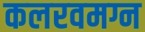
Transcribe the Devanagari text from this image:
कलरवमग्न